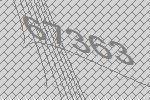
67363